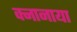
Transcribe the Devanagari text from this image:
क्नानाया